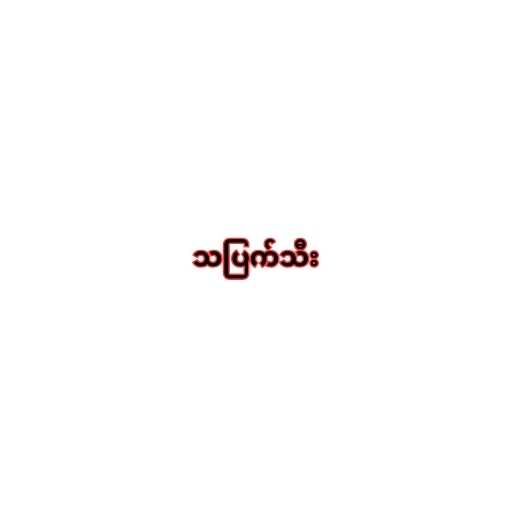
သပြက်သီး